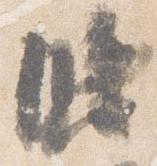
臨